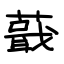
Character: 蕺